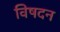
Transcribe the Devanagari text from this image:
विषदन